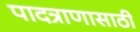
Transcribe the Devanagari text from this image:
पादत्राणासाठी